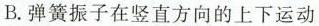
B.弹簧振子在竖直方向的上下运动